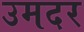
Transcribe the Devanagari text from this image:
उमदर